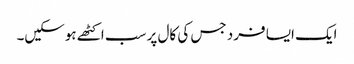
ایک ایسا فرد جس کی کال پر سب اکٹھے ہوسکیں۔